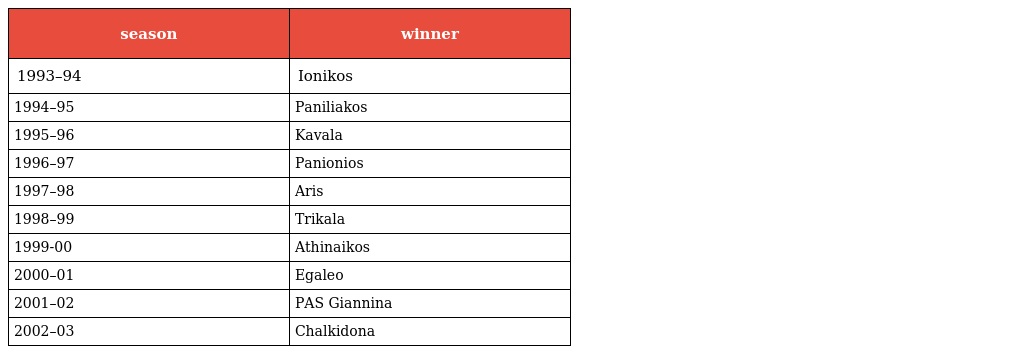
| season | winner |
 | --- | --- |
 | 1993–94 | Ionikos |
 | 1994–95 | Paniliakos |
 | 1995–96 | Kavala |
 | 1996–97 | Panionios |
 | 1997–98 | Aris |
 | 1998–99 | Trikala |
 | 1999-00 | Athinaikos |
 | 2000–01 | Egaleo |
 | 2001–02 | PAS Giannina |
 | 2002–03 | Chalkidona |